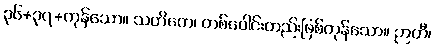
၃၆+၃၇+ကုန်သော။ သဟိတေ၊ တစ်ပေါင်းတည်းဖြစ်ကုန်သော။ ဉာတီ၊